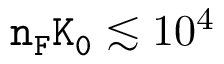
\mathtt { n _ { F } K _ { 0 } } \lesssim 1 0 ^ { 4 }